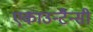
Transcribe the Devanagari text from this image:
एकाउन्टैन्सी